Report of the Indian Hemp Drugs Commission, 1894-1895 - Volume VI
Year: 1894
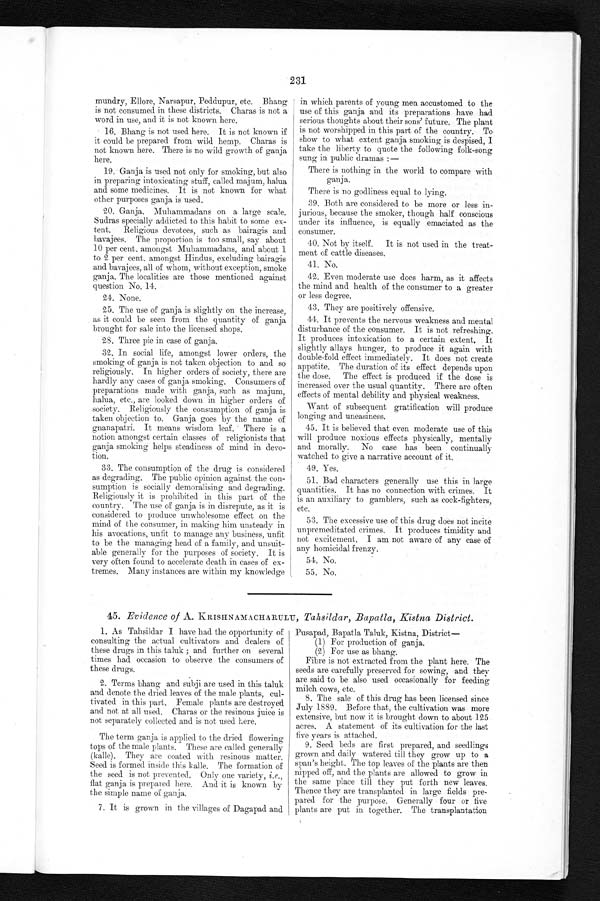
231
mundry, Ellore, Narsapur, Peddupur, etc. Bhang
is not consumed. in these districts. Charas is not a
word in use, and it is not known here.
16. Bhang is not used here. It is not known if
it could be prepared from wild hemp. Charas is
not known here. There is no wild growth of ganja
here.
19. Ganja is used not only for smoking, but also
in preparing intoxicating stuff, called majum, halua
and some medicines. It is not known for what
other purposes ganja is used.
20. Ganja. Muhammadans on a large scale.
Sudras specially addicted to this habit to some ex-
tent. Religious devotees, such as bairagis and
bavajees. The proportion is too small, say about
10 per cent. amongst Muhammadans, and about 1
to 2 per cent. amongst Hindus, excluding bairagis
and bavajees, all of whom, without exception, smoke
ganja. The localities are those mentioned against
question No. 14.
24. None.
25. The use of ganja is slightly on the increase,
as it could be seen from the quantity of ganja
brought for sale into the licensed shops.
28. Three pie in case of ganja.
32. In social life, amongst lower orders, the
smoking of ganja is not taken objection to and so
religiously. In higher orders of society, there are
hardly any cases of ganja smoking. Consumers of
preparations made with ganja, such as majum,
halua, etc., are looked down in higher orders of
society. Religiously the consumption of ganja is
taken objection to. Ganja goes by the name of
gnanapatri. It means wisdom leaf. There is a
notion amongst certain classes of religionists that
ganja smoking helps steadiness of mind in devo-
tion.
33. The consumption of the drug is considered
as degrading. The public opinion against the con-
sumption is socially demoralising and degrading.
Religiously it is prohibited in this part of the
country. The use of ganja is in disrepute, as it is
considered to produce unwholesome effect on the
mind of the consumer, in making him unsteady in
his avocations, unfit to manage any business, unfit
to be the managing head of a family, and unsuit-
able generally for the purposes of society. It is
very often found to accelerate death in cases of ex-
tremes. Many instances are within my knowledge
in which parents of young men accustomed to the
use of this ganja and its preparations have had
serious thoughts about their sons' future. The plant
is not worshipped in this part of the country. To
show to what extent ganja smoking is despised, I
take the liberty to quote the following folk-song
sung in public dramas :—
There is nothing in the world to compare with
ganja.
There is no godliness equal to lying.
39. Both are considered to be more or less in-
jurious, because the smoker, though half conscious
under its influence, is equally emaciated as the
consumer.
40. Not by itself.
It is not used in the treat-
ment of cattle diseases.
41. No.
42. Even moderate use does harm, as it affects
the mind and health of the consumer to a greater
or less degree.
43. They are positively offensive.
44. It prevents the nervous weakness and mental
disturbance of the consumer. It is not refreshing.
It produces intoxication to a certain extent. It
slightly allays hunger, to produce it again with
double-fold effect immediately. It does not create
appetite. The duration of its effect depends upon
the dose. The effect is produced. if the dose is
increased over the usual quantity. There are often
effects of mental debility and physical weakness.
Want of subsequent gratification will produce
longing and uneasiness.
45. It is believed that even moderate use of this
will produce noxious effects physically, mentally
and morally. No case has been continually
watched to give a narrative account of it.
49. Yes.
51. Bad characters generally use this in large
quantities. It has no connection with crimes. It
is an auxiliary to gamblers, such as cock-fighters,
etc.
53. The excessive use of this drug does not incite
unpremeditated crimes. It produces timidity and
not excitement. I am not aware of any ease of
any homicidal frenzy.
5 4 . N o .
5 5 . N o .
45. Evidence of A. KRISHNAMACHARULU, Tahsildar, Bapatla, Kistna District.
1. As Tahsildar I have had the opportunity of
consulting the actual cultivators and dealers of
these drugs in this taluk ; and further on several
times had occasion to observe the consumers of
these drugs.
2. Terms bhang and subji are used in this taluk
and denote the dried leaves of the male plants, cul-
tivated in this part. Female plants are destroyed
and not at all used. Chains or the resinous juice is
not separately collected and is not used here.
The term ganja is applied to the dried flowering
tops of the male plants. These are called generally
(kalle). They are coated with resinous matter.
Seed is formed inside this kalle. The formation of
the seed is not prevented. Only one variety, i.e.,
flat ganja is prepared here. And it is known by
the simple name of ganja.
7. It is grown in the villages of Dagapad and
Pusapad, Bapatla Taluk, Kistna, District—
(1) For production of ganja.
( 2 ) F o r u s e a s b h a n g .
Fibre is not extracted from the plant here. The
seeds are carefully preserved for sowing, and they
are said to be also used occasionally for feeding
milch cows, etc.
8. The sale of this drug has been licensed since
July 1889. Before that, the cultivation was more
extensive, but now it is brought down to about 125
acres. A statement of its cultivation for the last
five years is attached.
9. Seed beds are first prepared, and seedlings
grown and daily watered till they grow up to a
span's height. The top leaves of the plants are then
nipped off, and the plants are allowed to grow in.
the same place till they put forth new leaves.
Thence they are transplanted in large fields pre
- p a r e d f o r t h e p u r p o s e . G e n e r a l l y f o u r o r f i v e
plants are put in together. The transplantation